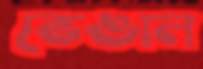
ভেঙাল